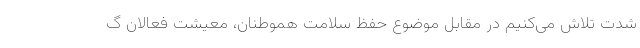
شدت تلاش می‌کنیم در مقابل موضوع حفظ سلامت هموطنان، معیشت فعالان گ